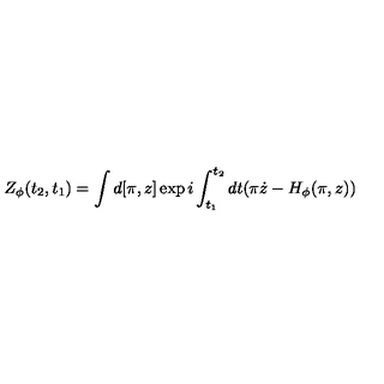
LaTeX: Z _ { \phi } ( t _ { 2 } , t _ { 1 } ) = \int d [ \pi , z ] \exp i \int _ { t _ { 1 } } ^ { t _ { 2 } } d t ( \pi \dot { z } - H _ { \phi } ( \pi , z ) )